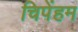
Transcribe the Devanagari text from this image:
चिपेंहम